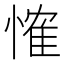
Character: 𢞕